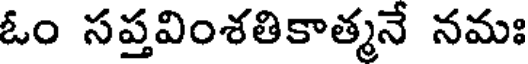
ఓం సప్తవింశతికాత్మనే నమః